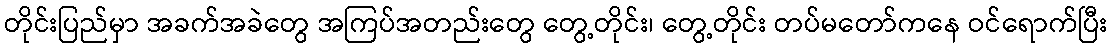
တိုင်းပြည်မှာ အခက်အခဲတွေ အကြပ်အတည်းတွေ တွေ့တိုင်း၊ တွေ့တိုင်း တပ်မတော်ကနေ ဝင်ရောက်ပြီး